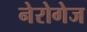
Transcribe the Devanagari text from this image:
नेरोगेज